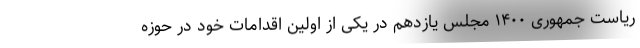
ریاست جمهوری ۱۴۰۰ مجلس یازدهم در یکی از اولین اقدامات خود در حوزه